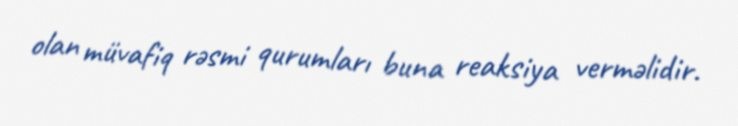
olan müvafiq rəsmi qurumları buna reaksiya verməlidir.